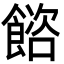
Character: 𩜴